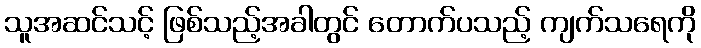
သူအဆင်သင့် ဖြစ်သည့်အခါတွင် တောက်ပသည့် ကျက်သရေကို